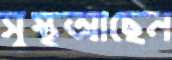
সুস্থআছেন